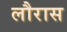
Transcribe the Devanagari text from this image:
लौरास